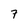
Character: 7